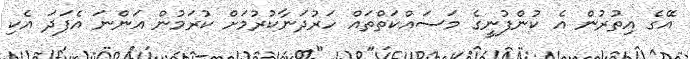
އޭގެ އިތުރުން އެ ކުންފުނީގެ މަސައްކަތްތައް ހަރުދަނާކުރުމަށް ކުރަމުން އަންނަ އެފަދަ އެކި